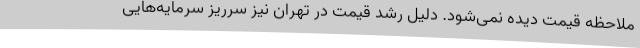
ملاحظه قیمت دیده نمی‌شود. دلیل رشد قیمت در تهران نیز سرریز سرمایه‌هایی